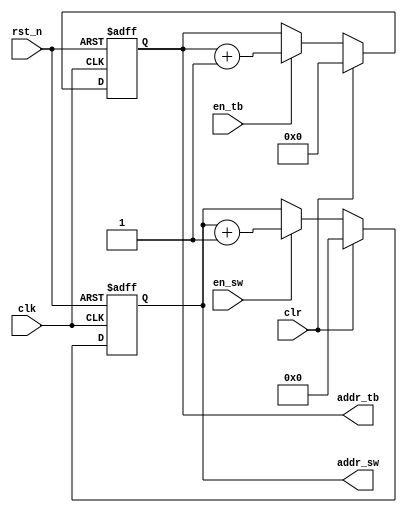
`default_nettype none

module addr_gen
(
  input  wire       rst_n,
  input  wire       clk,
  input  wire       clr,
  input  wire       en_sw,
  input  wire       en_tb,
  output reg  [9:0] addr_sw,
  output reg  [5:0] addr_tb
);

wire [9:0] nxt_sw = (clr) ? 0
                          : (en_sw) ? addr_sw+1
                                    : addr_sw;
wire [5:0] nxt_tb = (clr) ? 0
                          : (en_tb) ? addr_tb+1
                                    : addr_tb;

always @(posedge clk or negedge rst_n) begin
  if(~rst_n) begin
    addr_sw <= 0;
    addr_tb <= 0;
  end else begin
    addr_sw <= #1 nxt_sw;
    addr_tb <= #1 nxt_tb;
  end
end

endmodule

`default_nettype wire